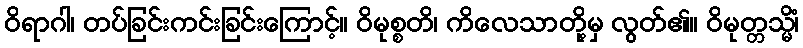
ဝိရာဂါ၊ တပ်ခြင်းကင်းခြင်းကြောင့်။ ဝိမုစ္စတိ၊ ကိလေသာတို့မှ လွတ်၏။ ဝိမုတ္တသ္မိံ၊